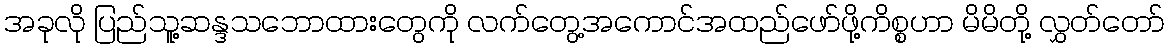
အခုလို ပြည်သူ့ဆန္ဒသဘောထားတွေကို လက်တွေ့အကောင်အထည်ဖော်ဖို့ကိစ္စဟာ မိမိတို့ လွှတ်တော်